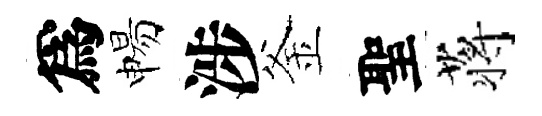
爲惕涉釜聖蒋